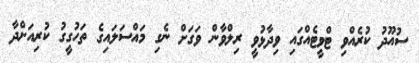
ސުއޫދު ކުރެއްވި ޓްވީޓެއްގައި ވިދާޅުވީ ރިލްވާން ވަގަށް ނެގި މައްސަލައިގެ ތަހުގީގު ކުރިއަށްދާ